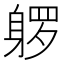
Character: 𰸿